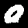
Label: 0